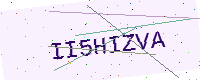
Text: II5HIZVA